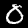
Label: 0